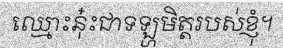
ឈ្មោះនុ៎ះជាទឡ្ហមិត្តរបស់ខ្ញុំ។